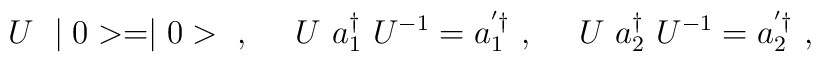
U~\mid 0>=\mid 0>~,~~~~U~a_1^\dag~U^{-1}=a_1^{'\dag}~,~~~~U~a_2^\dag~U^{-1}=a_2^{'\dag}~,